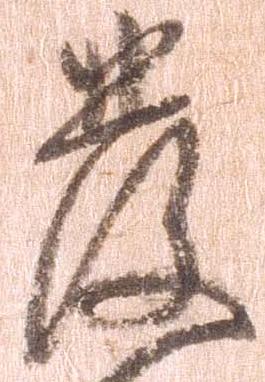
発